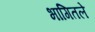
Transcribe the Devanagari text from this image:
भागितले